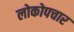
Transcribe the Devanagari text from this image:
लोकोपचार